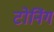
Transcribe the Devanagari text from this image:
टोनिंग